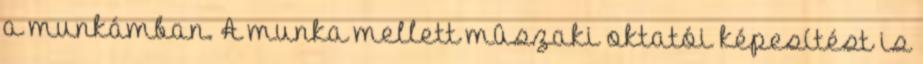
a munkámban. A munka mellett mûszaki oktatói képesítést is